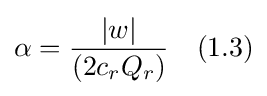
\alpha ={\frac {|w|}{(2c_{r}Q_{r})}}\quad (1.3)